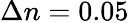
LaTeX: \Delta n=0.05